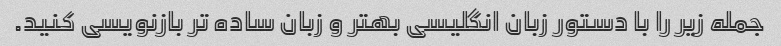
جمله زیر را با دستور زبان انگلیسی بهتر و زبان ساده تر بازنویسی کنید.